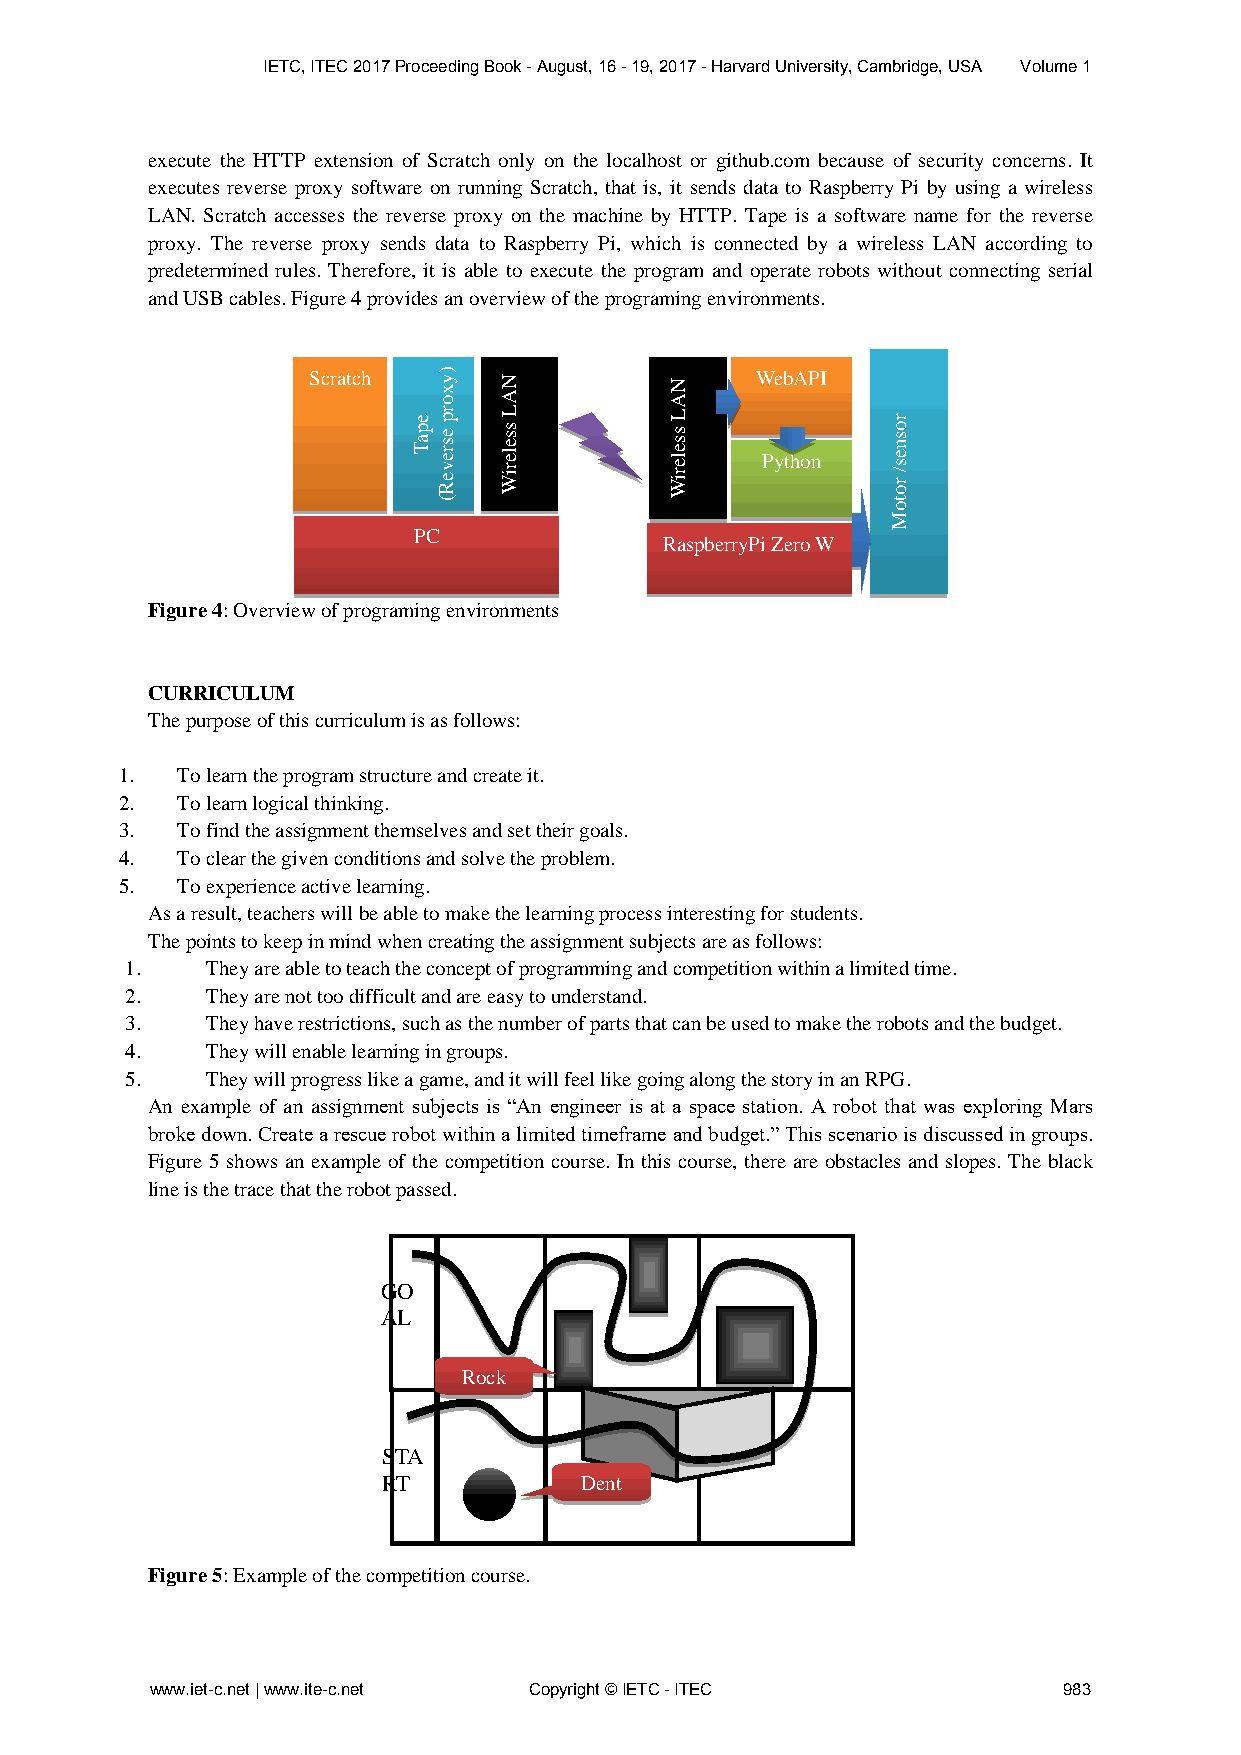
IETC, ITEC 2017 Proceeding Book - August, 16 - 19, 2017 - Harvard University, Cambridge, USA Volume 1
 execute the HTTP extension of Scratch only on the localhost or github.com because of security concerns. It
 executes reverse proxy software on running Scratch, that is, it sends data to Raspberry Pi by using a wireless
 LAN. Scratch accesses the reverse proxy on the machine by HTTP. Tape is a software name for the reverse
 proxy. The reverse proxy sends data to Raspberry Pi, which is connected by a wireless LAN according to
 predetermined rules. Therefore, it is able to execute the program and operate robots without connecting serial
 and USB cables. Figure 4 provides an overview of the programing environments.
 Scratch                       WebAPI
 Python
 PC
 RaspberryPi Zero W
 Figure 4: Overview of programing environments
 CURRICULUM
 The purpose of this curriculum is as follows:
 1.  To learn the program structure and create it.
 2.  To learn logical thinking.
 3.  To find the assignment themselves and set their goals.
 4.  To clear the given conditions and solve the problem.
 5.  To experience active learning.
 As a result, teachers will be able to make the learning process interesting for students.
 The points to keep in mind when creating the assignment subjects are as follows:
 1.    They are able to teach the concept of programming and competition within a limited time.
 2.    They are not too difficult and are easy to understand.
 3.    They have restrictions, such as the number of parts that can be used to make the robots and the budget.
 4.    They will enable learning in groups.
 5.    They will progress like a game, and it will feel like going along the story in an RPG.
 An example of an assignment subjects is “An engineer is at a space station. A robot that was exploring Mars
 broke down. Create a rescue robot within a limited timeframe and budget.” This scenario is discussed in groups.
 Figure 5 shows an example of the competition course. In this course, there are obstacles and slopes. The black
 line is the trace that the robot passed.
 GO
 AL
 Rock
 STA
 RT           Dent
 Figure 5: Example of the competition course.
 www.iet-c.net | www.ite-c.net Copyright © IETC - ITEC       983
 epaT
 )yxorp
 esreveR(
 NAL
 sseleriW
 NAL
 sseleriW
 rosnes/
 rotoM